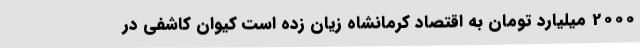
2000 میلیارد تومان به اقتصاد کرمانشاه زیان زده است کیوان کاشفی در